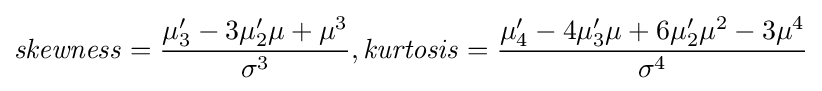
{\mathit {skewness}}={\frac {\mu '_{3}-3\mu '_{2}\mu +\mu ^{3}}{\sigma ^{3}}},{\mathit {kurtosis}}={\frac {\mu '_{4}-4\mu '_{3}\mu +6\mu '_{2}\mu ^{2}-3\mu ^{4}}{\sigma ^{4}}}